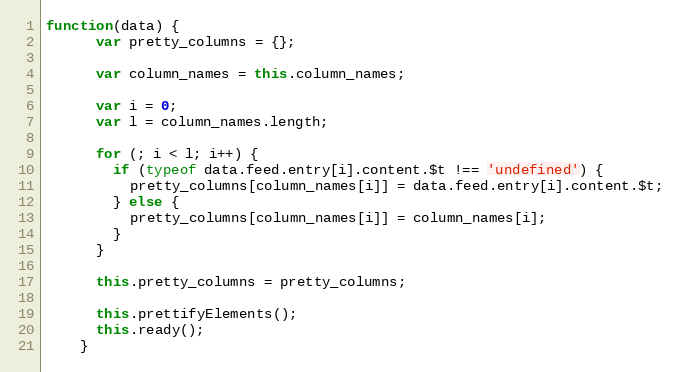
Language: JavaScript
function(data) {
      var pretty_columns = {};

      var column_names = this.column_names;

      var i = 0;
      var l = column_names.length;

      for (; i < l; i++) {
        if (typeof data.feed.entry[i].content.$t !== 'undefined') {
          pretty_columns[column_names[i]] = data.feed.entry[i].content.$t;
        } else {
          pretty_columns[column_names[i]] = column_names[i];
        }
      }

      this.pretty_columns = pretty_columns;

      this.prettifyElements();
      this.ready();
    }